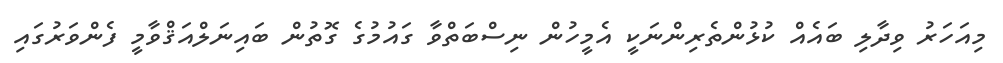
މިއަހަރު ވިދާލި ބައެއް ކުޅުންތެރިންނަކީ އެމީހުން ނިސްބަތްވާ ގައުމުގެ ގޮތުން ބައިނަލްއަޤްވާމީ ފެންވަރުގައި